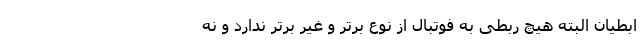
ابطیان البته هیچ ربطی به فوتبال از نوع برتر و غیر برتر ندارد و نه